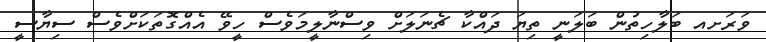
ވަރަށއ ބަލާހިތުން ބަލަނީ ތިޔަ ދައްކާ ޗެނަލަށް ވިސްނާލީމަވެސް ހީވޭ އެއްގޮތަކަށްވެސް ސިޔާސީ